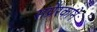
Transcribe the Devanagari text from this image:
संप्रेरकाने